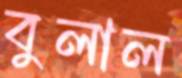
বুলাল